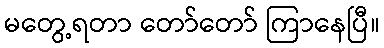
မတွေ့ရတာ တော်တော် ကြာနေပြီ။